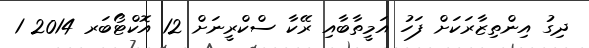
ދިގު އިންތިޒާރަކަށް ފަހު އަމީތާބާއި ރޭކާ ސްކްރީނަށް 12 އޮކްޓޯބަރ 2014 1